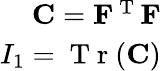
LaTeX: \begin{array}{r}{\mathbf{C}=\mathbf{F}^{\mathrm{~T~}}\mathbf{F}}\\ {I_{1}=\mathrm{~T~r~}(\mathbf{C})}\end{array}